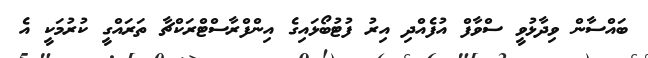
ބައްސާން ވިދާޅުވީ ސްވާފް އުފެއްދި އިރު ފުޓުބޯޅައިގެ އިންފްރާސްޓްރަކްޗާ ތަރައްގީ ކުރުމަކީ އެ